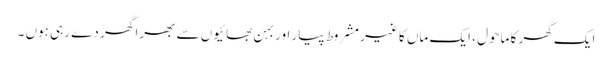
ایک گھر کا ماحول ، ایک ماں کا غیر مشروط پیار اور بہن بھائیوں سے بھرا گھر دے رہی ہوں ۔